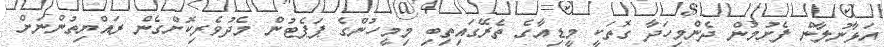
އަޅާނުލާން ފެށުމުން ދެންމިހަދާ ގޮތަކީ މީޑިއާގެ ތެރޭގައިތިބި މިމީހުންގެ ޕަޕެޓުން މެދުވެރިކޮށްގެން ރައްޔިތުންނަށް